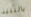
بالنبيذ